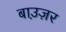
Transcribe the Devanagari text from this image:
बाउ़ज़र